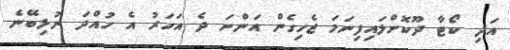
އަދި ކޯޓާ ދޫކޮށްލައިފިނަމަ ޖެހިގެން އަންނަ ދެ އަހަރު އެ ހުއްދަ ނުލިބޭނެ